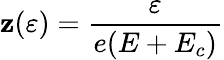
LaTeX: \mathbf{z}(\varepsilon)=\frac{{\varepsilon}}{{e(E+E_{c})}}